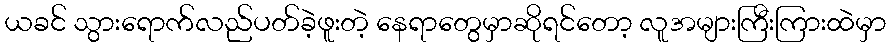
ယခင် သွားရောက်လည်ပတ်ခဲ့ဖူးတဲ့ နေရာတွေမှာဆိုရင်တော့ လူအများကြီးကြားထဲမှာ